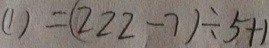
( 1 ) = ( 2 2 2 - 7 ) \div 5 + 1